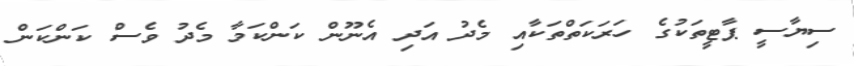
ސިޔާސީ ޕާޓީތަކުގެ ހަރަކަތްތަކާއި މެދު އަދި އެނޫން ކަންކަމާ މެދު ވެސް ކަންކަން